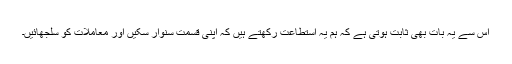
اس سے یہ بات بھی ثابت ہوتی ہے کہ ہم یہ استطاعت رکھتے ہیں کہ اپنی قسمت سنوار سکیں اور معاملات کو سلجھائیں۔